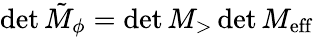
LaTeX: \operatorname*{det}\tilde{M}_{\phi}=\operatorname*{det}M_{>}\operatorname*{det}M_{\mathrm{{eff}}}